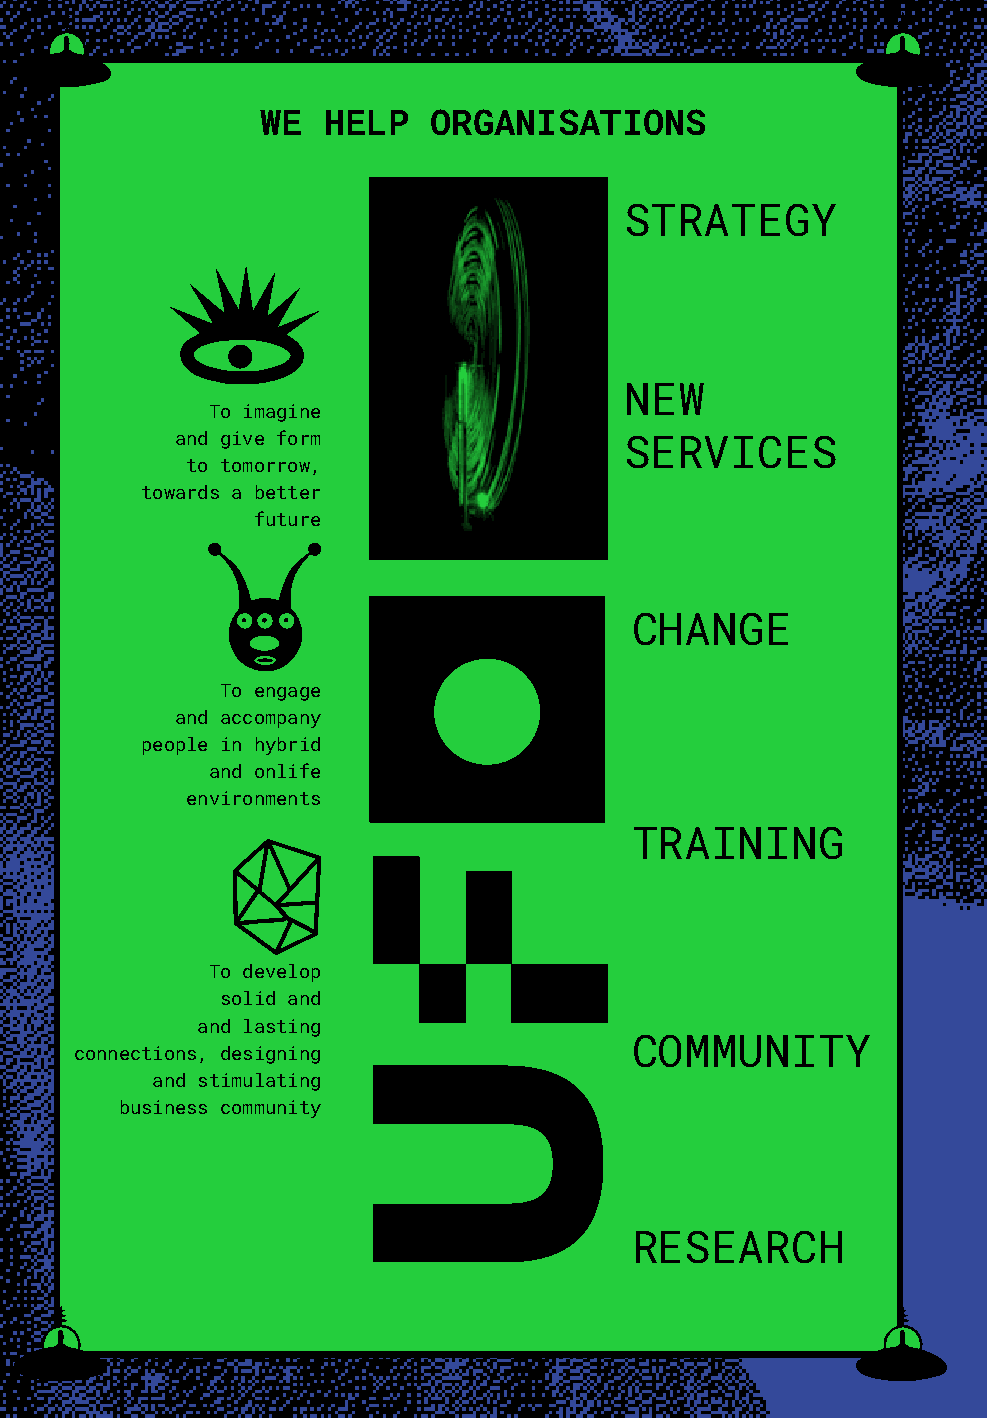
WE  HELP   ORGANISATIONS
 STRATEGY
 NEW
 To imagine
 and give form                SERVICES
 to tomorrow,
 towards a better
 future
 CHANGE
 To engage
 and accompany
 people in hybrid
 and onlife
 environments
 TRAINING
 To develop
 solid and
 and lasting
 COMMUNITY
 connections, designing
 and stimulating
 business community
 RESEARCH